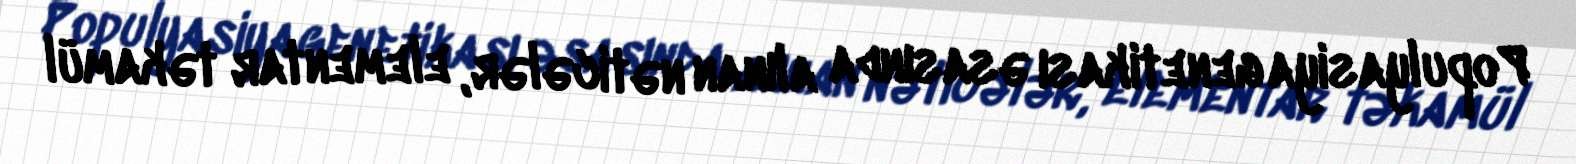
Populyasiya genetikası əsasında alınan nəticələr, elementar təkamül